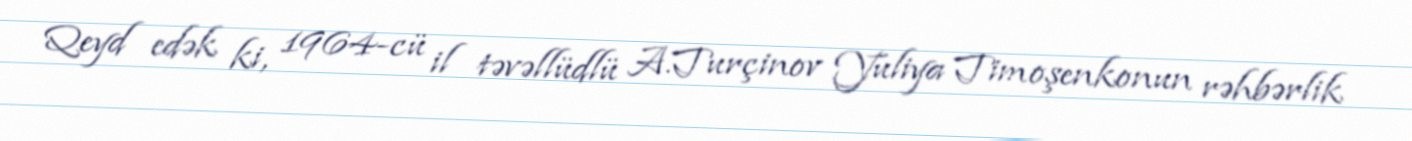
Qeyd edək ki, 1964-cü il təvəllüdlü A.Turçinov Yuliya Timoşenkonun rəhbərlik